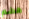
هضم